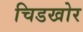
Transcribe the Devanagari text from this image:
चिडखोर